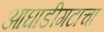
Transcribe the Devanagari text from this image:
आघाडीगटाचा